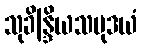
သုခိန္ဒြိယသမုဒယံ